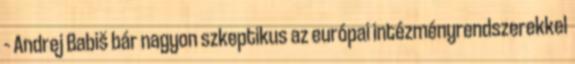
– Andrej Babiš bár nagyon szkeptikus az európai intézményrendszerekkel